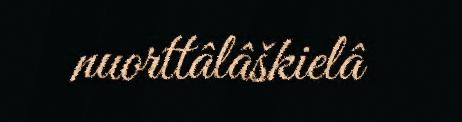
nuorttâlâškielâ